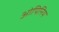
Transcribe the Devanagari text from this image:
ओपिनिय